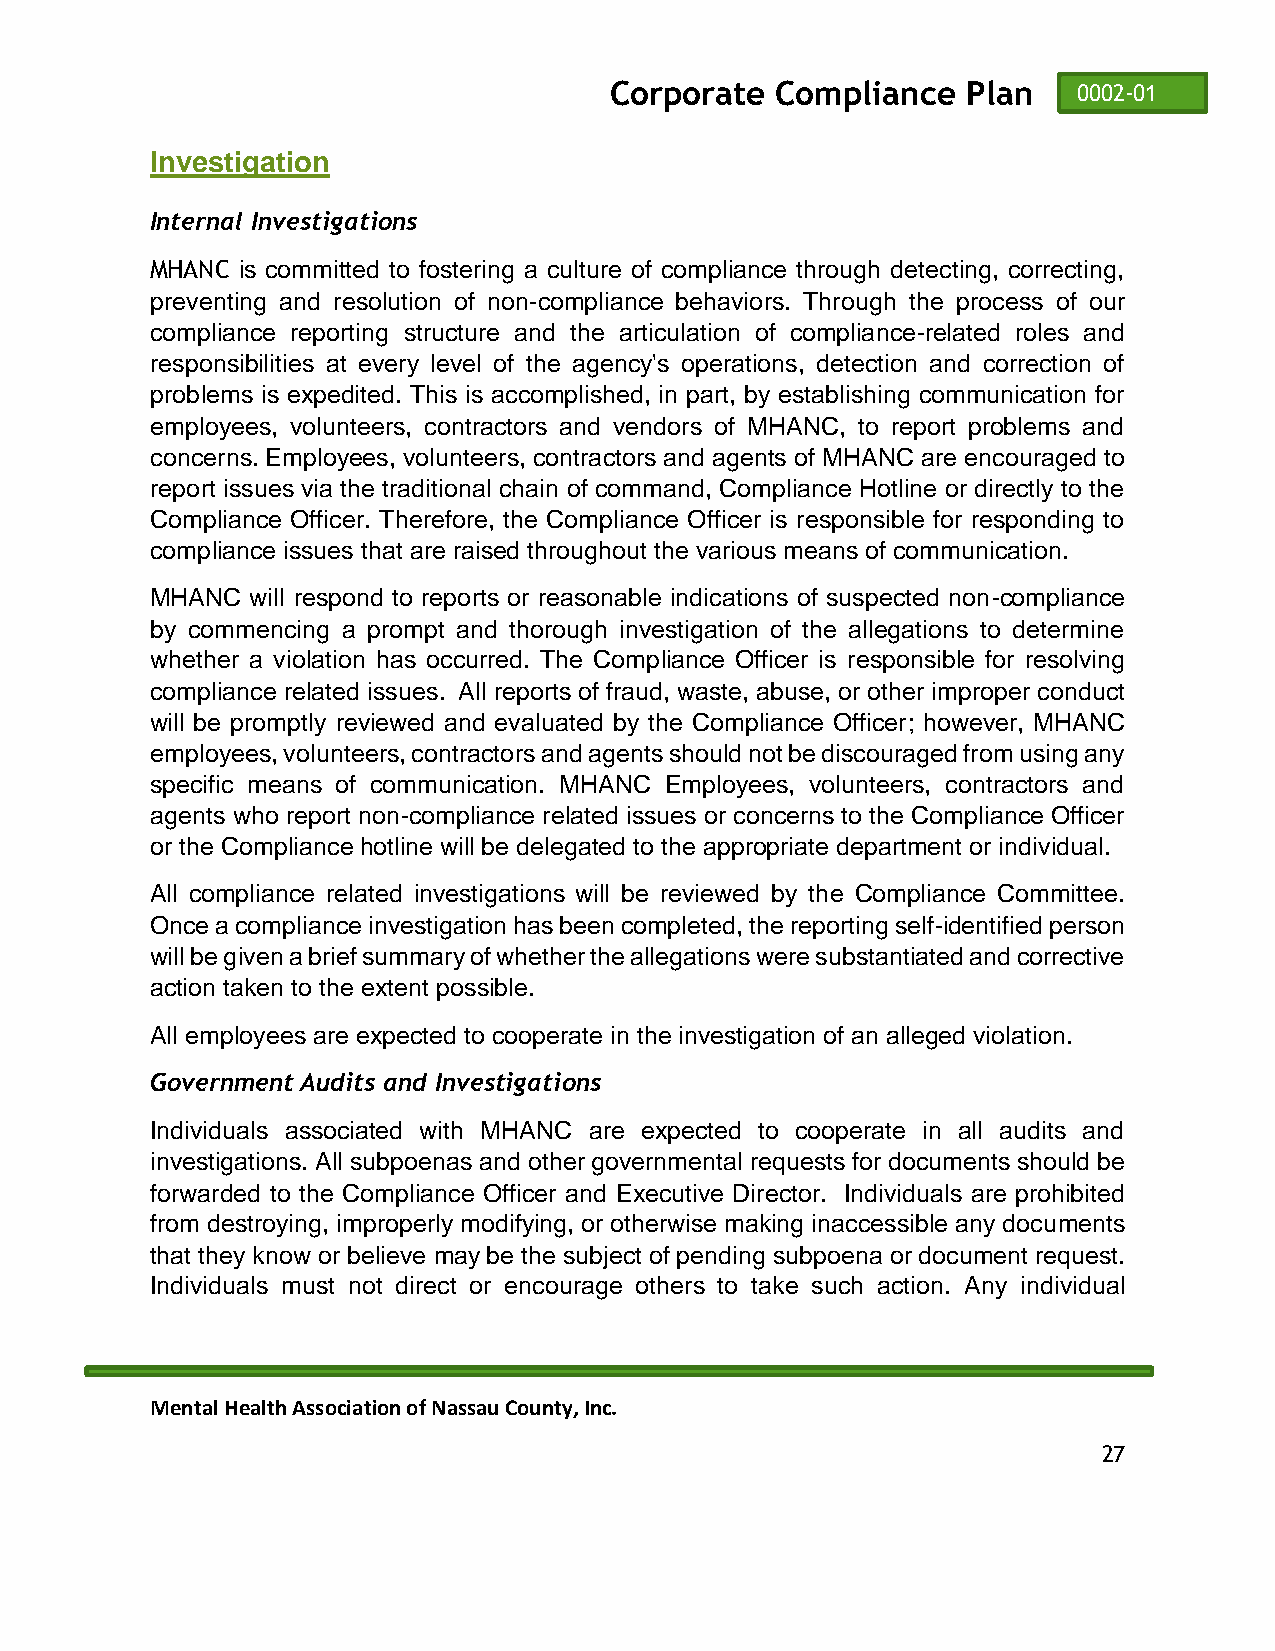
Corporate  Compliance   Plan   0002-01
 Investigation
 Internal Investigations
 MHANC is committed to fostering a culture of compliance through detecting, correcting,
 preventing and resolution of non-compliance behaviors. Through the process of our
 compliance reporting structure and the articulation of compliance-related roles and
 responsibilities at every level of the agency's operations, detection and correction of
 problems is expedited. This is accomplished, in part, by establishing communication for
 employees, volunteers, contractors and vendors of MHANC, to report problems and
 concerns. Employees, volunteers, contractors and agents of MHANC are encouraged to
 report issues via the traditional chain of command, Compliance Hotline or directly to the
 Compliance Officer. Therefore, the Compliance Officer is responsible for responding to
 compliance issues that are raised throughout the various means of communication.
 MHANC  will respond to reports or reasonable indications of suspected non-compliance
 by commencing a prompt and thorough investigation of the allegations to determine
 whether a violation has occurred. The Compliance Officer is responsible for resolving
 compliance related issues. All reports of fraud, waste, abuse, or other improper conduct
 will be promptly reviewed and evaluated by the Compliance Officer; however, MHANC
 employees, volunteers, contractors and agents should not be discouraged from using any
 specific means of communication. MHANC Employees, volunteers, contractors and
 agents who report non-compliance related issues or concerns to the Compliance Officer
 or the Compliance hotline will be delegated to the appropriate department or individual.
 All compliance related investigations will be reviewed by the Compliance Committee.
 Once a compliance investigation has been completed, the reporting self-identified person
 will be given a brief summary of whether the allegations were substantiated and corrective
 action taken to the extent possible.
 All employees are expected to cooperate in the investigation of an alleged violation.
 Government Audits and Investigations
 Individuals associated with MHANC are expected to cooperate in all audits and
 investigations. All subpoenas and other governmental requests for documents should be
 forwarded to the Compliance Officer and Executive Director. Individuals are prohibited
 from destroying, improperly modifying, or otherwise making inaccessible any documents
 that they know or believe may be the subject of pending subpoena or document request.
 Individuals must not direct or encourage others to take such action. Any individual
 Mental Health Association of Nassau County, Inc.
 27